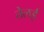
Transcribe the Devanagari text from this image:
तेलई